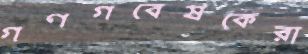
গণগবেষকেরা